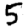
Digit: 5